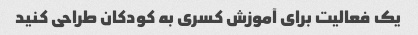
یک فعالیت برای آموزش کسری به کودکان طراحی کنید